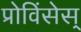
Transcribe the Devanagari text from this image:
प्रोविंसेस्